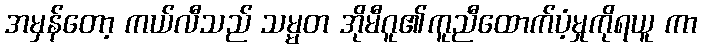
အမှန်တော့ ကယ်လီသည် သမ္မတ အိုမီဂူ၏ကူညီထောက်ပံ့မှုကိုရယူ ကာ